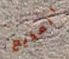
المذيع